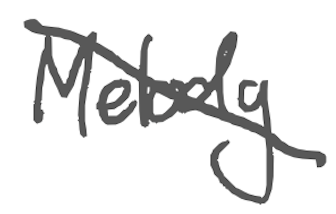
Text: Melody
Cross-out: diagonal
Writing tool: digital_gray